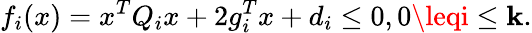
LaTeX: f_{i}(x)=x^{T}Q_{i}x+2g_{i}^{T}x+d_{i}\leq0,0\leqi\leq\mathbf{k}.